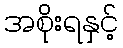
အစိုးရနှင့်